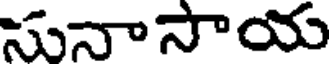
సునాసాయ